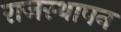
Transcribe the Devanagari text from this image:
राजस्थापन